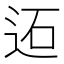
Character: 𨒙